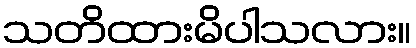
သတိထားမိပါသလား။